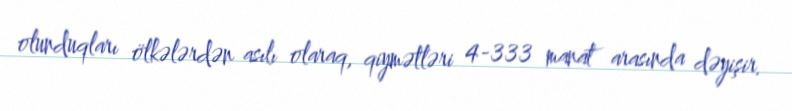
olunduqları ölkələrdən asılı olaraq, qiymətləri 4-333 manat arasında dəyişir.